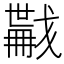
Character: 𢨏